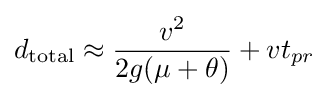
d_{\text{total}}\approx {\frac {v^{2}}{2g(\mu +\theta )}}+vt_{pr}